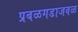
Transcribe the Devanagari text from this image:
प्रबळगडाजवळ